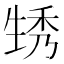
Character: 𤯪